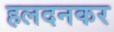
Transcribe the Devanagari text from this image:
हलदनकर